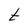
Character: t